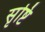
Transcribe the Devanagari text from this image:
सृष्टिं